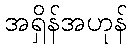
အရှိန်အဟုန်